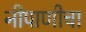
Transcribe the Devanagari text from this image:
नीपाणीचा